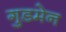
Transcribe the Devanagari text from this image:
गुडमेन